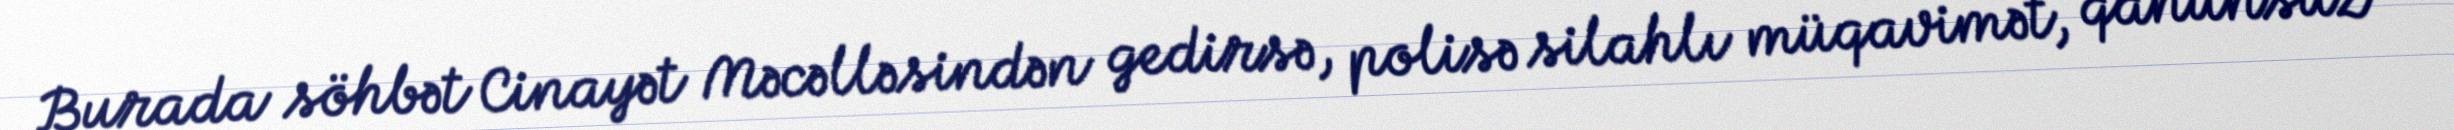
Burada söhbət Cinayət Məcəlləsindən gedirsə, polisə silahlı müqavimət, qanunsuz